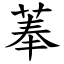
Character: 菶